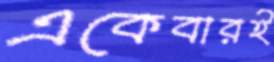
একেবারই